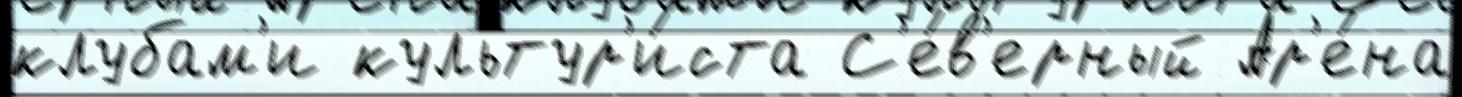
клубам'и культур'и́ста С'е́в'ерный Ар'е́на